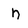
Character: h